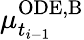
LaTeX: \mu_{t_{i-1}}^{\mathrm{ODE,B}}